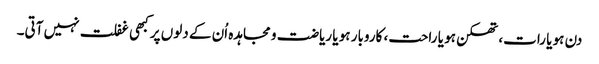
دن ہو یا رات، تھکن ہو یا راحت، کاروبار ہو یا ریاضت و مجاہدہ اُن کے دلوں پر کبھی غفلت نہیں آتی۔